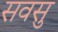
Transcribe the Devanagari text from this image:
सवसु